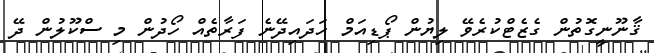
ޤާނޫނީގޮތުން ގެޒެޓްކުރެވޭ ލިޔުން ޕޯޑިއަމް ހަދައިދޭނެ ފަރާތެއް ހޯދުން މި ސްކޫލުން ދޭ